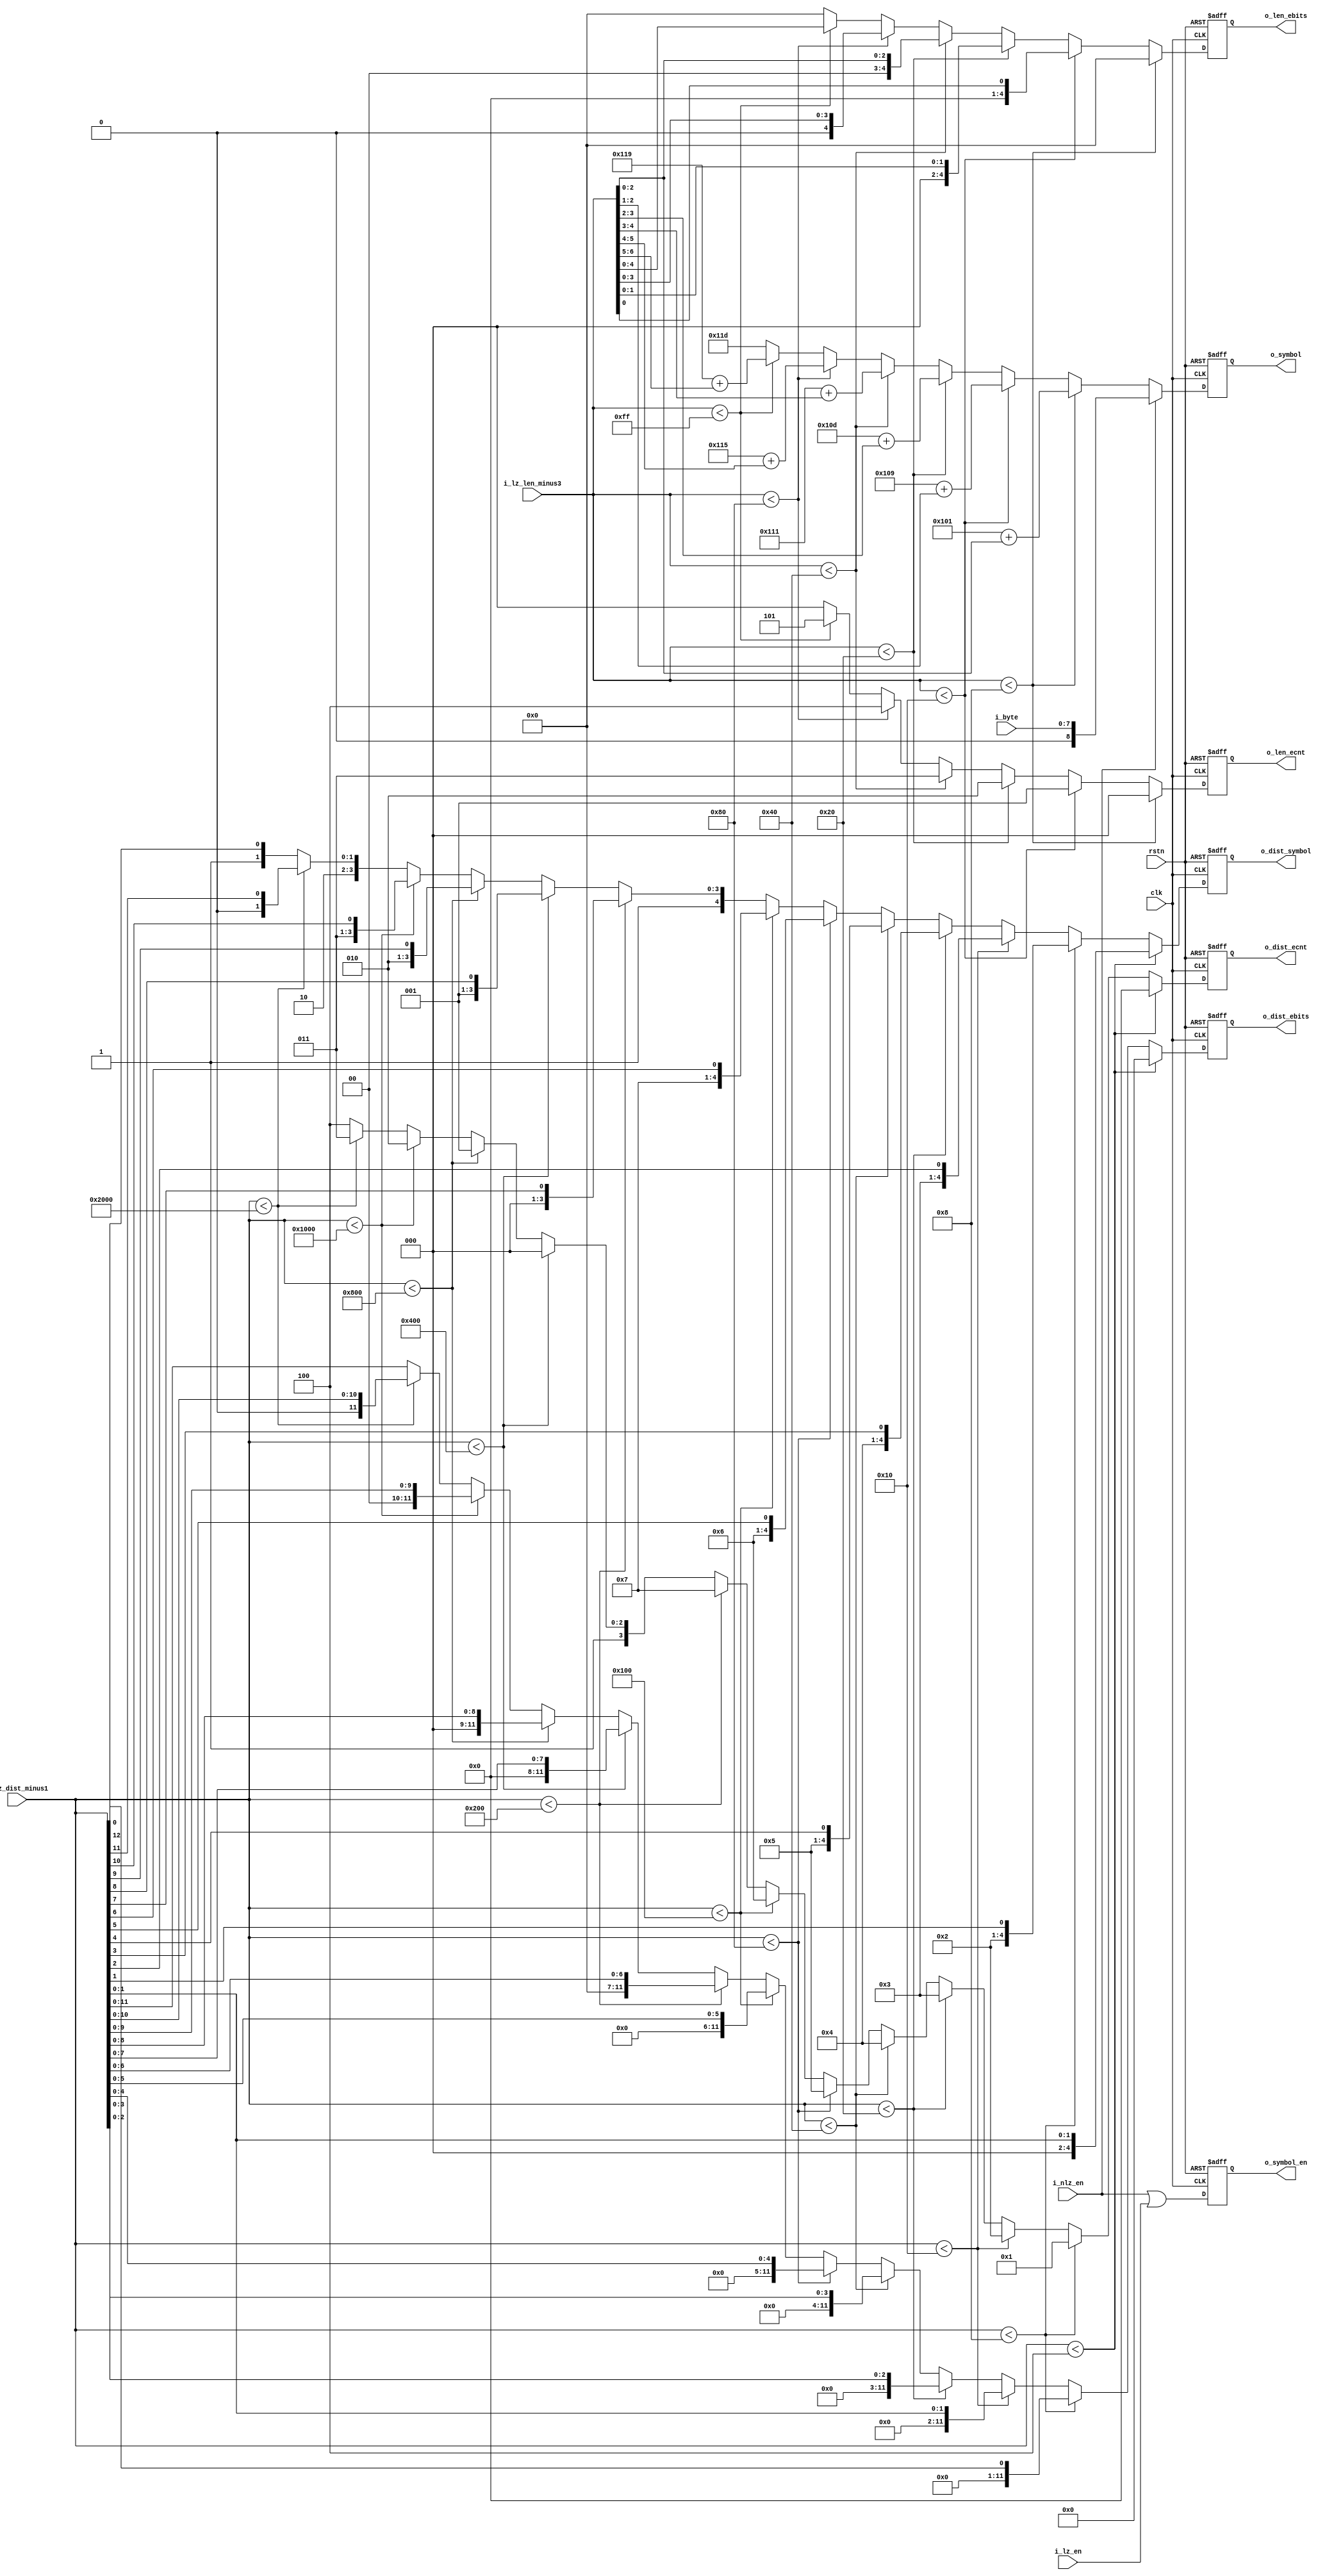
// This program was cloned from: https://github.com/WangXuan95/FPGA-Gzip-compressor
// License: GNU General Public License v3.0


module convert_lz77_to_symbols (
    input  wire        rstn,
    input  wire        clk,
    // input : lz77 stream
    input  wire [ 7:0] i_byte,
    input  wire        i_nlz_en,
    input  wire        i_lz_en,
    input  wire [ 7:0] i_lz_len_minus3,
    input  wire [13:0] i_lz_dist_minus1,
    // output : symbol stream
    output reg         o_symbol_en,
    output reg  [ 8:0] o_symbol,        // 0~285 . Note that this module will generate END symbol (256), which must be add by successor module
    output reg  [ 4:0] o_len_ebits,     // 5bits
    output reg  [ 2:0] o_len_ecnt,      // 0 ~ 5
    output reg  [ 4:0] o_dist_symbol,   // 0 ~ 27 . Note that distance <= 16383, so o_dist_symbol cannot larger than 27
    output reg  [11:0] o_dist_ebits,    // 12bits
    output reg  [ 3:0] o_dist_ecnt      // 0 ~ 12 . Note that distance <= 16383, so o_dist_ecnt cannot be 13
);


initial o_symbol_en   = 1'b0;
initial o_symbol      = 9'h0;
initial o_len_ebits   = 5'h0;
initial o_len_ecnt    = 3'h0;
initial o_dist_symbol = 5'h0;
initial o_dist_ebits  = 12'h0;
initial o_dist_ecnt   = 4'h0;


always @ (posedge clk or negedge rstn)
    if (~rstn) begin
        o_symbol_en   <= 1'b0;
        o_symbol      <= 9'h0;
        o_len_ebits   <= 5'h0;
        o_len_ecnt    <= 3'h0;
        o_dist_symbol <= 5'h0;
        o_dist_ebits  <= 12'h0;
        o_dist_ecnt   <= 4'h0;
    end else begin
        o_symbol_en <= i_nlz_en | i_lz_en;
        
        if      (i_lz_len_minus3 < 8'd8  ) begin   o_symbol <= 9'd257 + i_lz_len_minus3[2:0];   o_len_ebits <=  5'h0;                          o_len_ecnt <= 3'h0;  end
        else if (i_lz_len_minus3 < 8'd16 ) begin   o_symbol <= 9'd265 + i_lz_len_minus3[2:1];   o_len_ebits <= {4'h0, i_lz_len_minus3[0]};     o_len_ecnt <= 3'h1;  end
        else if (i_lz_len_minus3 < 8'd32 ) begin   o_symbol <= 9'd269 + i_lz_len_minus3[3:2];   o_len_ebits <= {3'h0, i_lz_len_minus3[1:0]};   o_len_ecnt <= 3'h2;  end
        else if (i_lz_len_minus3 < 8'd64 ) begin   o_symbol <= 9'd273 + i_lz_len_minus3[4:3];   o_len_ebits <= {2'h0, i_lz_len_minus3[2:0]};   o_len_ecnt <= 3'h3;  end
        else if (i_lz_len_minus3 < 8'd128) begin   o_symbol <= 9'd277 + i_lz_len_minus3[5:4];   o_len_ebits <= {1'h0, i_lz_len_minus3[3:0]};   o_len_ecnt <= 3'h4;  end
        else if (i_lz_len_minus3 < 8'd255) begin   o_symbol <= 9'd281 + i_lz_len_minus3[6:5];   o_len_ebits <=        i_lz_len_minus3[4:0];    o_len_ecnt <= 3'h5;  end
        else                               begin   o_symbol <= 9'd285;                          o_len_ebits <=  5'h0;                          o_len_ecnt <= 3'h0;  end
        
        if (i_nlz_en)
            o_symbol <= i_byte;
        
        if      (i_lz_dist_minus1 < 14'd4   ) begin   o_dist_symbol <= { 3'b000, i_lz_dist_minus1[1:0]};   o_dist_ebits <= 12'h0;                    o_dist_ecnt <= 4'h0;  end
        else if (i_lz_dist_minus1 < 14'd8   ) begin   o_dist_symbol <= {4'b0010, i_lz_dist_minus1[1]};     o_dist_ebits <= i_lz_dist_minus1[0];      o_dist_ecnt <= 4'h1;  end
        else if (i_lz_dist_minus1 < 14'd16  ) begin   o_dist_symbol <= {4'b0011, i_lz_dist_minus1[2]};     o_dist_ebits <= i_lz_dist_minus1[1:0];    o_dist_ecnt <= 4'h2;  end
        else if (i_lz_dist_minus1 < 14'd32  ) begin   o_dist_symbol <= {4'b0100, i_lz_dist_minus1[3]};     o_dist_ebits <= i_lz_dist_minus1[2:0];    o_dist_ecnt <= 4'h3;  end
        else if (i_lz_dist_minus1 < 14'd64  ) begin   o_dist_symbol <= {4'b0101, i_lz_dist_minus1[4]};     o_dist_ebits <= i_lz_dist_minus1[3:0];    o_dist_ecnt <= 4'h4;  end
        else if (i_lz_dist_minus1 < 14'd128 ) begin   o_dist_symbol <= {4'b0110, i_lz_dist_minus1[5]};     o_dist_ebits <= i_lz_dist_minus1[4:0];    o_dist_ecnt <= 4'h5;  end
        else if (i_lz_dist_minus1 < 14'd256 ) begin   o_dist_symbol <= {4'b0111, i_lz_dist_minus1[6]};     o_dist_ebits <= i_lz_dist_minus1[5:0];    o_dist_ecnt <= 4'h6;  end
        else if (i_lz_dist_minus1 < 14'd512 ) begin   o_dist_symbol <= {4'b1000, i_lz_dist_minus1[7]};     o_dist_ebits <= i_lz_dist_minus1[6:0];    o_dist_ecnt <= 4'h7;  end
        else if (i_lz_dist_minus1 < 14'd1024) begin   o_dist_symbol <= {4'b1001, i_lz_dist_minus1[8]};     o_dist_ebits <= i_lz_dist_minus1[7:0];    o_dist_ecnt <= 4'h8;  end
        else if (i_lz_dist_minus1 < 14'd2048) begin   o_dist_symbol <= {4'b1010, i_lz_dist_minus1[9]};     o_dist_ebits <= i_lz_dist_minus1[8:0];    o_dist_ecnt <= 4'h9;  end
        else if (i_lz_dist_minus1 < 14'd4096) begin   o_dist_symbol <= {4'b1011, i_lz_dist_minus1[10]};    o_dist_ebits <= i_lz_dist_minus1[9:0];    o_dist_ecnt <= 4'hA;  end
        else if (i_lz_dist_minus1 < 14'd8192) begin   o_dist_symbol <= {4'b1100, i_lz_dist_minus1[11]};    o_dist_ebits <= i_lz_dist_minus1[10:0];   o_dist_ecnt <= 4'hB;  end
        else                                  begin   o_dist_symbol <= {4'b1101, i_lz_dist_minus1[12]};    o_dist_ebits <= i_lz_dist_minus1[11:0];   o_dist_ecnt <= 4'hC;  end
    end


endmodule